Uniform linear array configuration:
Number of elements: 64
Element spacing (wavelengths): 0.25
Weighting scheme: cosine
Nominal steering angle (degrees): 15
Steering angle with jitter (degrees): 14.561
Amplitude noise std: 0.05
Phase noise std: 0.05

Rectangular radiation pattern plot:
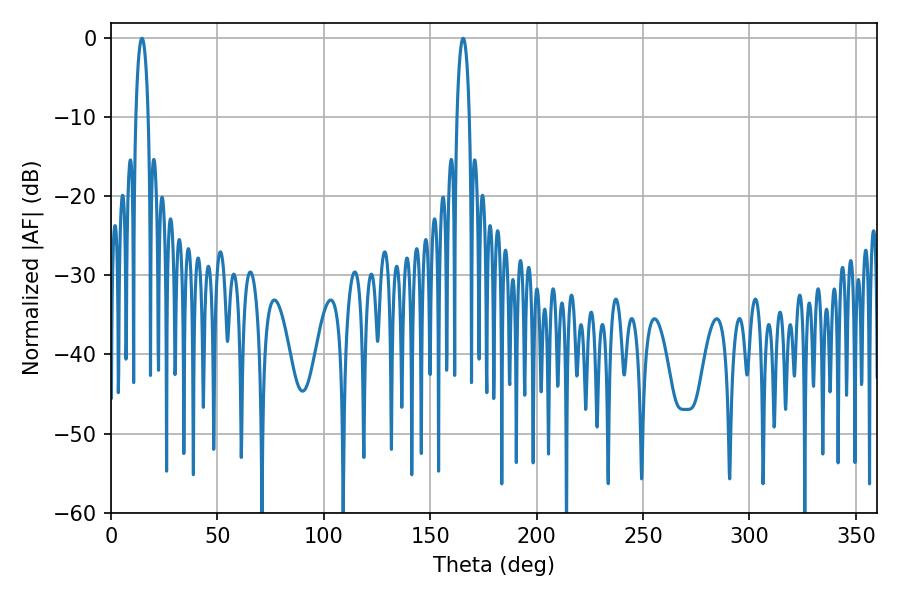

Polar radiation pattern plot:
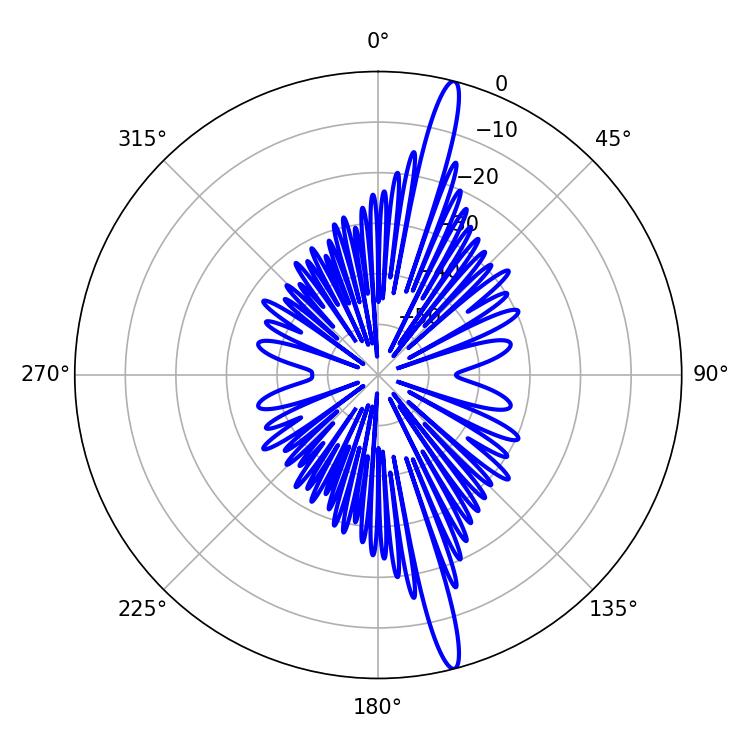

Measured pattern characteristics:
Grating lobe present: FALSE
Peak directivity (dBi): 17.844
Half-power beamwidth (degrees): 3.24
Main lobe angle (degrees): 14.58